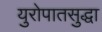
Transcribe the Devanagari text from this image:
युरोपातसुद्धा